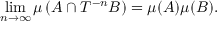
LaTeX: \operatorname* { l i m } _ { n \to \infty } \mu \left( A \cap T ^ { - n } B \right) = \mu ( A ) \mu ( B ) .